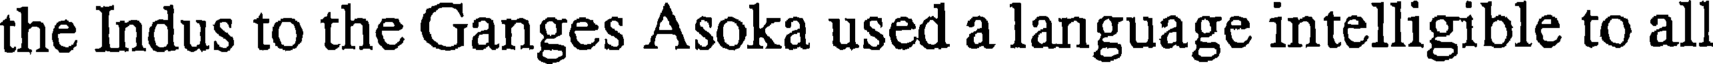
the Indus to the Ganges Asoka used a language intelligible to all